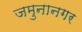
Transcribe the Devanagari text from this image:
जमुनानगर